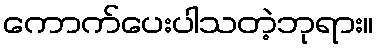
ကောက်ပေးပါသတဲ့ဘုရား။